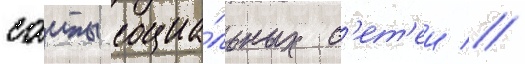
саиты социа́льных с'ет'еи //